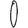
Digit: 0